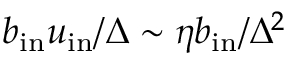
b _ { \mathrm { { i n } } } u _ { \mathrm { { i n } } } / \Delta \sim \eta b _ { \mathrm { { i n } } } / \Delta ^ { 2 }